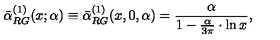
\bar { \alpha } _ { R G } ^ { ( 1 ) } ( x ; \alpha ) \equiv \bar { \alpha } _ { R G } ^ { ( 1 ) } ( x , 0 , \alpha ) = \frac { \alpha } { 1 - \frac { \alpha } { 3 \pi } \cdot \ln x } ,